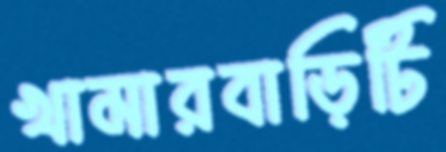
খামারবাড়িটি